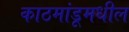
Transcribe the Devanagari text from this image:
काठमांडूमधील